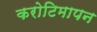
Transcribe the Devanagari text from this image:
करोटिमापन